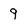
Character: 9